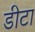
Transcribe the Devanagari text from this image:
डीटा